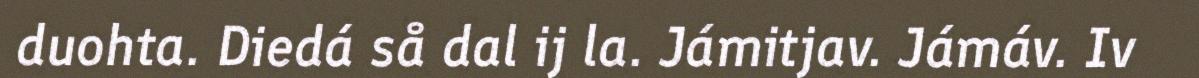
duohta. Diedá så dal ij la. Jámitjav. Jámáv. Iv